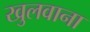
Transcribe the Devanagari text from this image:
खुलवाना